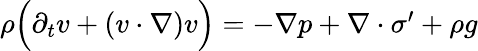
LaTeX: \begin{array}{r}{\rho\Big(\partial_{t}v+(v\cdot\nabla)v\Big)=-\nabla p+\nabla\cdot\sigma^{\prime}+\rho g}\end{array}